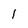
Character: 1